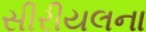
સીરીયલના